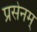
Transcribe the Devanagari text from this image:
प्रसेनम्‌